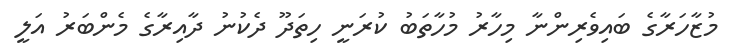
މުޒާހަރާގެ ބައިވެރިންނާ މިހާރު މުހާތަބު ކުރަނީ ހިތަދޫ ދެކުނު ދާއިރާގެ މެންބަރު އަލީ